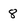
Character: 8